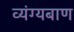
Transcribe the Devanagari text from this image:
व्यंग्यबाण